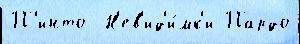
П'инто  Н'ев'ид'и́мк'и Пардо